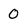
Character: 0